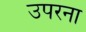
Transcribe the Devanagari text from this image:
उपरना